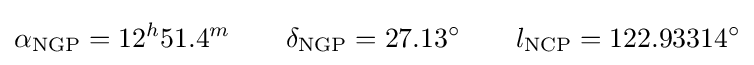
\alpha _{\text{NGP}}=12^{h}51.4^{m}\qquad \delta _{\text{NGP}}=27.13^{\circ }\qquad l_{\text{NCP}}=122.93314^{\circ }